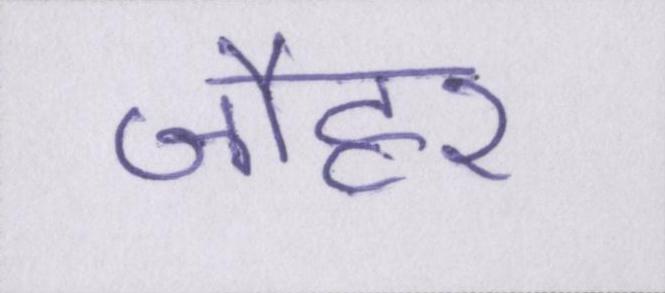
जौहर